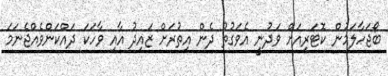
ބޯޖަހާލަމުން ކޮޓަރިއަށް ވަދުނީ އެވަގުތު ދެން އިތުރަށް ޒައިދު އާއި ވާހަކަ ދައްކަންވެއްޖެނަމަ